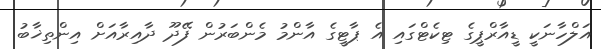
އަލްހާނަކީ ޑީއާރްޕީގެ ޓިކެޓްގައި އެ ޕާޓީގެ އާންމު މެންބަރުން ފޭދޫ ދާއިރާއަށް އިންތިޚާބު